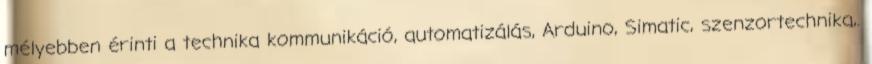
mélyebben érinti a technika kommunikáció, automatizálás, Arduino, Simatic, szenzortechnika,.